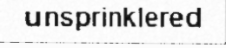
unsprinklered